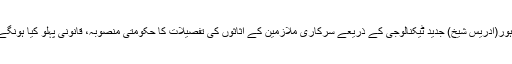
لاہور(ادریس شیخ) جدید ٹیکنالوجی کے ذریعے سرکاری ملازمین کے اثاثوں کی تفصیلات کا حکومتی منصوبہ، قانونی پہلو کیا ہونگے؟